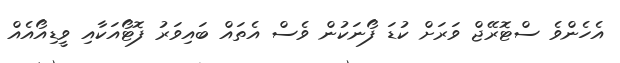
އެހެންވެ ސްޓޮރޭޖް ވަރަށް ކުޑަ ފޯނަކުން ވެސް އެތައް ބައިވަރު ފޮޓޯއަކާއި ވީޑިއޯއެއް